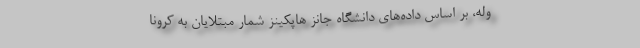
وله، بر اساس داده‌های دانشگاه جانز هاپکینز شمار مبتلایان به کرونا